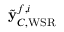
\tilde { \mathbf { y } } _ { C , \mathrm { W S R } } ^ { f , i }